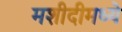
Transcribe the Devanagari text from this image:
मशीदीमध्ये